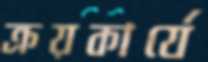
ক্রয়কার্যে